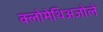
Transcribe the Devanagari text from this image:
क्लोमेथिअजोले